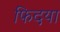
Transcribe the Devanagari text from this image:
फिदया